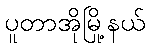
ပူတာအိုမြို့နယ်